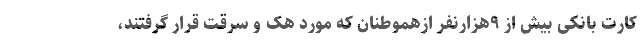
کارت بانکی بیش از ۹هزارنفر ازهموطنان که مورد هک و سرقت قرار گرفتند،